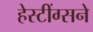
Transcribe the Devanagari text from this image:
हेस्टींग्सने